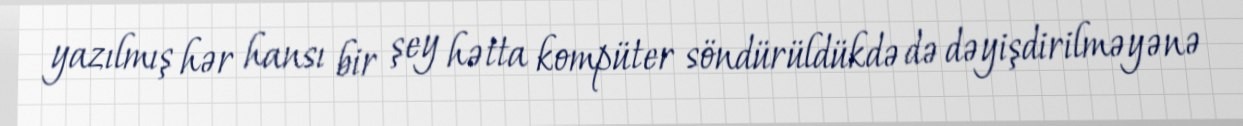
yazılmış hər hansı bir şey hətta kompüter söndürüldükdə də dəyişdirilməyənə